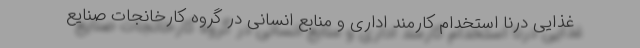
غذایی درنا استخدام کارمند اداری و منابع انسانی در گروه کارخانجات صنایع